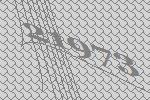
21973